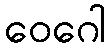
ဝေဂေါ